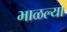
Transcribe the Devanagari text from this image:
भाळल्या